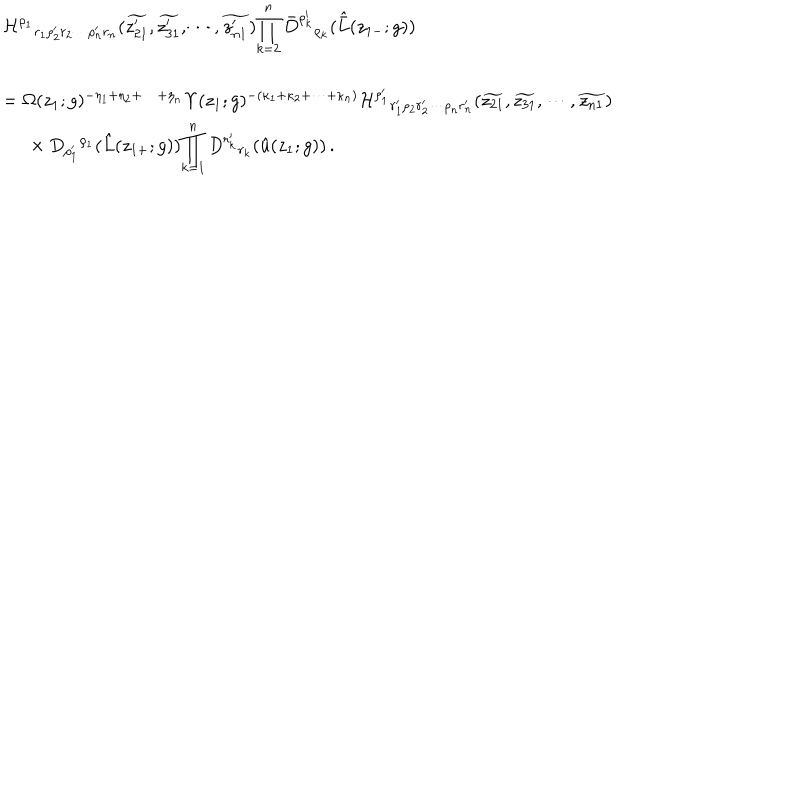
\begin{array} { l } { { { \cal H } ^ { \rho _ { 1 } } { } _ { r _ { 1 } \rho _ { 2 } ^ { \prime } r _ { 2 } \cdots \rho _ { n } ^ { \prime } r _ { n } } ( \widetilde { z _ { 2 1 } ^ { \prime } } , \widetilde { z _ { 3 1 } ^ { \prime } } , \cdots , \widetilde { z _ { n 1 } ^ { \prime } } ) \displaystyle { \prod _ { k = 2 } ^ { n } \bar { D } ^ { \rho _ { k } ^ { \prime } } { } _ { \rho _ { k } } ( \hat { \bar { L } } ( z _ { 1 - } ; g ) ) } } } \\ { { { } } } \\ { { = \Omega ( z _ { 1 } ; g ) ^ { - \eta _ { 1 } + \eta _ { 2 } + \cdots + \eta _ { n } } \Upsilon ( z _ { 1 } ; g ) ^ { - ( \kappa _ { 1 } + \kappa _ { 2 } + \cdots + \kappa _ { n } ) } { \cal H } ^ { \rho _ { 1 } ^ { \prime } } { } _ { r _ { 1 } ^ { \prime } \rho _ { 2 } r _ { 2 } ^ { \prime } \cdots \rho _ { n } r _ { n } ^ { \prime } } ( \widetilde { z _ { 2 1 } } , \widetilde { z _ { 3 1 } } , \cdots , \widetilde { z _ { n 1 } } ) } } \\ { { { } \ ~ \times D _ { \rho _ { 1 } ^ { \prime } } { } ^ { \rho _ { 1 } } ( \hat { L } ( z _ { 1 + } ; g ) ) \displaystyle { \prod _ { k = 1 } ^ { n } D ^ { r _ { k } ^ { \prime } } { } _ { r _ { k } } ( \hat { u } ( z _ { 1 } ; g ) ) } \, . } } \\ \end{array}